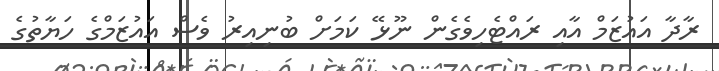
ރާދާ އައުޒަމް އާއި ރައްޓެހިވެގެން ނޫޅޭ ކަމަށް ބުނިއިރު ވެސް އައުޒަމްގެ ހަޔާތުގެ